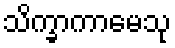
သိက္ခာကာမေသု